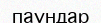
паундар